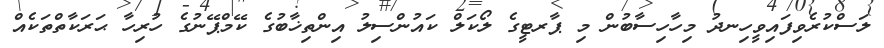
ލަސްކުރެވިފައިވީހިނދު މިހާހިސާބުން މި ޕާރޓީގެ ލޯކަލް ކައުންސިލު އިންތިޚާބުގެ ކޭމްޕޭނުގެ ހުރިހާ ޙަރަކާތްތަކެއް